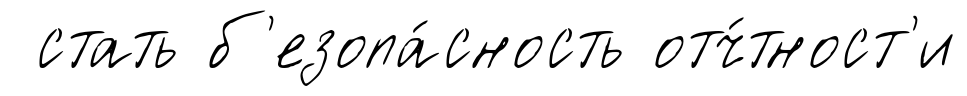
стать б'езопа́сность отч́тност'и